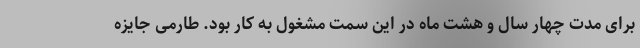
برای مدت چهار سال و هشت ماه در این سمت مشغول به کار بود. طارمی جایزه